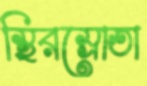
স্থিরস্রোতা